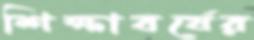
শিক্ষাবর্ষের